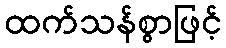
ထက်သန်စွာဖြင့်